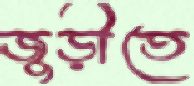
জুড়ীতে